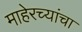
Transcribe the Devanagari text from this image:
माहेरच्यांचा